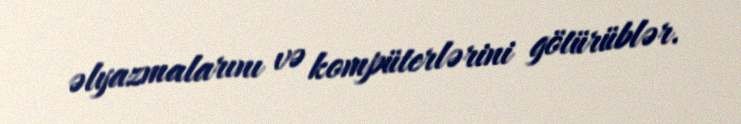
əlyazmalarını və kompüterlərini götürüblər.